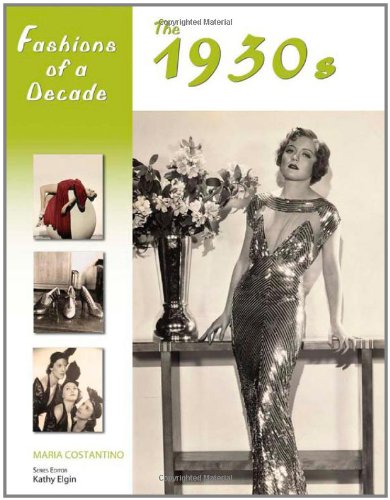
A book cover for Fashions of a Decade: The 1930s; Maria Costantino; Teen & Young Adult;